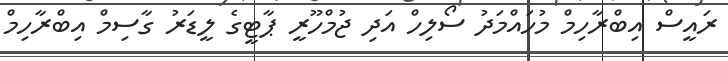
ރައީސް އިބްރާހިމް މުހައްމަދު ސޯލިހް އަދި ޖުމްހޫރީ ޕާޓީގެ ލީޑަރު ގާސިމް އިބްރާހިމް